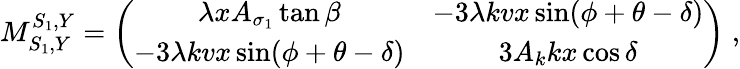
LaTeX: M_{S_{1},Y}^{S_{1},Y}=\left(\begin{array}{cc}{{\lambda xA_{\sigma_{1}}\tan\beta}}&{{-3\lambda kvx\sin(\phi+\theta-\delta)}}\\ {{-3\lambda kvx\sin(\phi+\theta-\delta)}}&{{3A_{k}kx\cos\delta}}\end{array}\right)\; ,